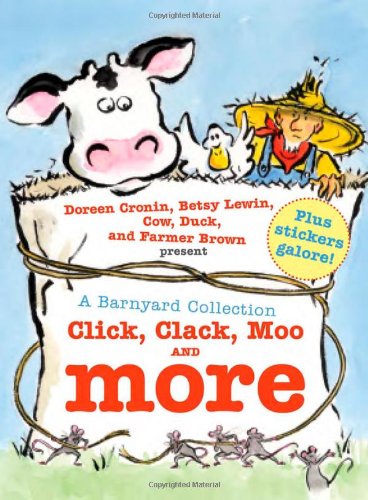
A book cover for A Barnyard Collection: Click, Clack, Moo and More; Doreen Cronin; Children's Books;